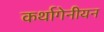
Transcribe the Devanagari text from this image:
कर्थागेनीयन